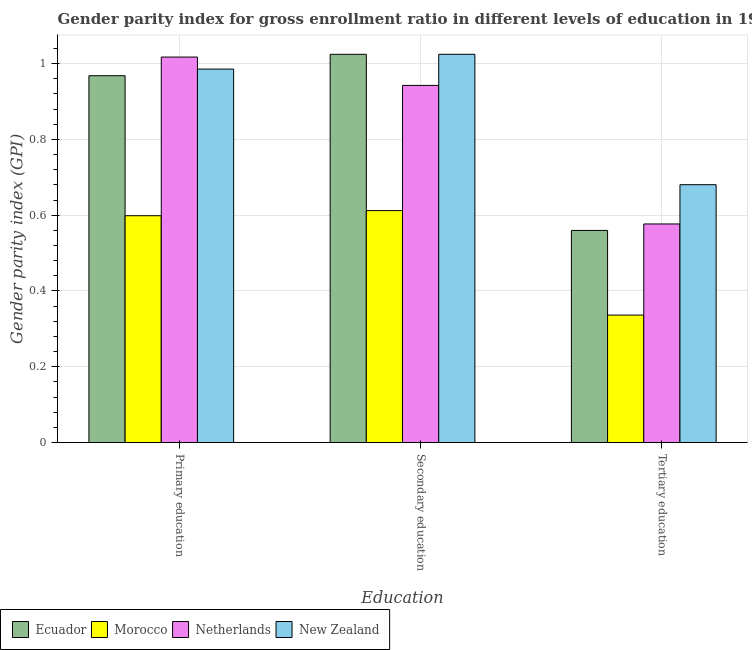
| Education | Ecuador | Morocco | Netherlands | New Zealand |
 | --- | --- | --- | --- | --- |
 | Primary education | 0.968 | 0.599 | 1.02 | 0.985 |
 | Secondary education | 1.02 | 0.612 | 0.942 | 1.02 |
 | Tertiary education | 0.56 | 0.336 | 0.577 | 0.68 |